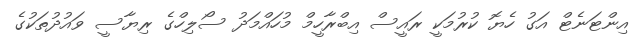
އިންޓަނެޓް އަގު ހެޔޮ ކުރުމަކީ ރައީސް އިބްރާހީމް މުހައްމަދު ސޯލިހްގެ ރިޔާސީ ވައުދުތަކުގެ